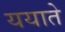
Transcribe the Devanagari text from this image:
ययाते